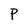
Character: P